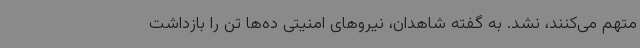
متهم می‌کنند، نشد. به گفته شاهدان، نیروهای امنیتی ده‌ها تن را بازداشت